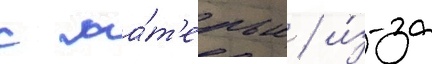
с ма́т'ерью / и́з-за